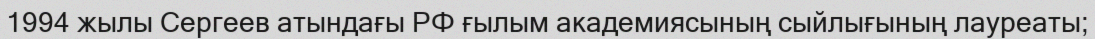
1994 жылы Сергеев атындағы РФ ғылым академиясының сыйлығының лауреаты;